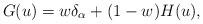
LaTeX: \begin{align*}&G(u) = w\delta_{\alpha} + (1-w) H(u),\end{align*}